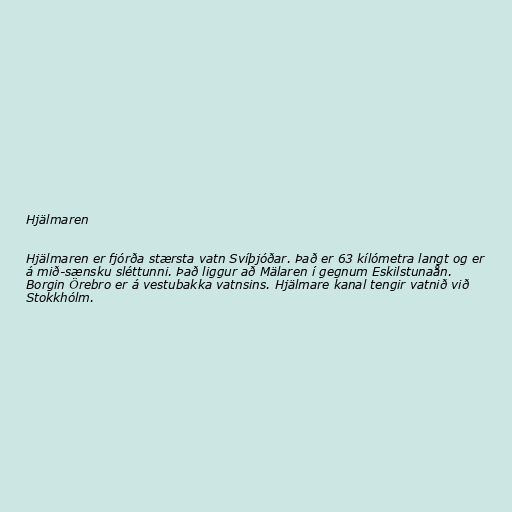
Hjälmaren

Hjälmaren er fjórða stærsta vatn Svíþjóðar. Það er 63 kílómetra langt og er
á mið-sænsku sléttunni. Það liggur að Mälaren í gegnum Eskilstunaån.
Borgin Örebro er á vestubakka vatnsins. Hjälmare kanal tengir vatnið við
Stokkhólm.